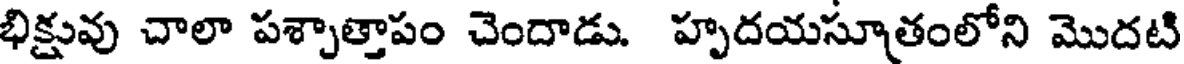
భిక్షువు చాలా పశ్చాత్తాపం చెందాడు. హృదయసూత్రంలోని మొదటి